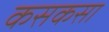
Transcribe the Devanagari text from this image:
कसकसा